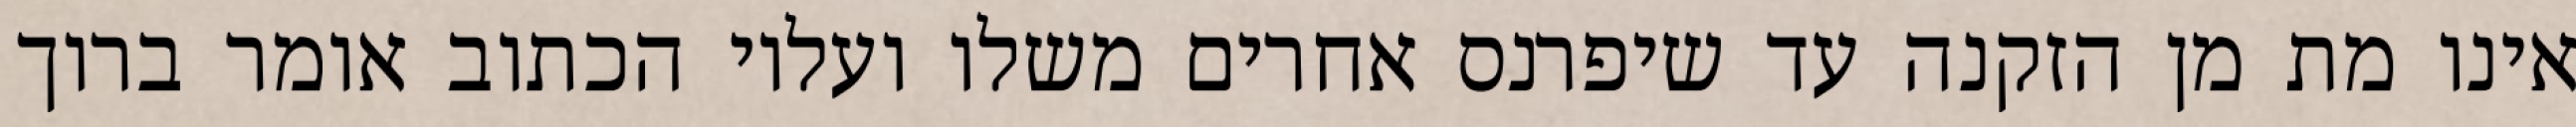
אינו מת מן הזקנה עד שיפרנס אחרים משלו ועליו הכתוב אומר ברוך